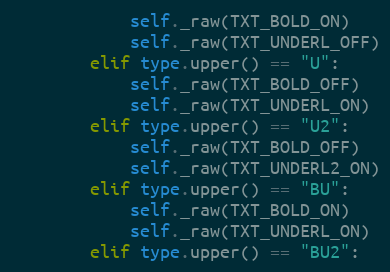
Language: Python
            self._raw(TXT_BOLD_ON)
            self._raw(TXT_UNDERL_OFF)
        elif type.upper() == "U":
            self._raw(TXT_BOLD_OFF)
            self._raw(TXT_UNDERL_ON)
        elif type.upper() == "U2":
            self._raw(TXT_BOLD_OFF)
            self._raw(TXT_UNDERL2_ON)
        elif type.upper() == "BU":
            self._raw(TXT_BOLD_ON)
            self._raw(TXT_UNDERL_ON)
        elif type.upper() == "BU2":